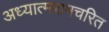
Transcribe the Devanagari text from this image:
अध्यात्मरामचरित